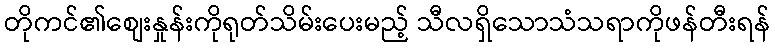
တိုကင်၏စျေးနှုန်းကိုရုတ်သိမ်းပေးမည့် သီလရှိသောသံသရာကိုဖန်တီးရန်